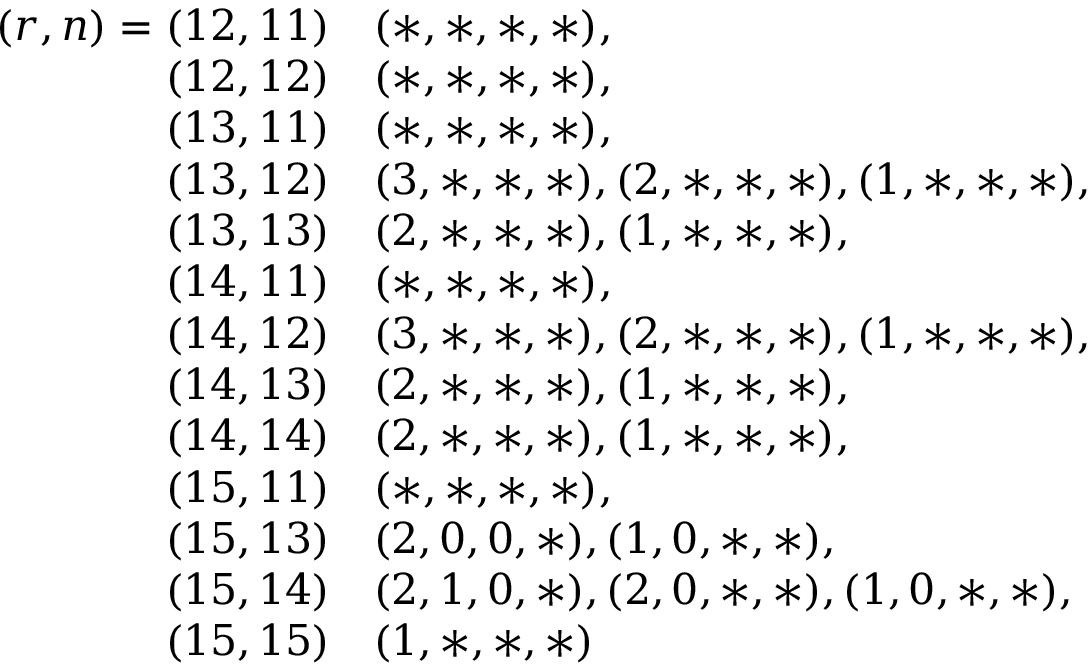
\begin{array} { r l } { ( r , n ) = ( 1 2 , 1 1 ) \- } & { ( * , * , * , * ) , } \\ { ( 1 2 , 1 2 ) \- } & { ( * , * , * , * ) , } \\ { ( 1 3 , 1 1 ) \- } & { ( * , * , * , * ) , } \\ { ( 1 3 , 1 2 ) \- } & { ( 3 , * , * , * ) , ( 2 , * , * , * ) , ( 1 , * , * , * ) , } \\ { ( 1 3 , 1 3 ) \- } & { ( 2 , * , * , * ) , ( 1 , * , * , * ) , } \\ { ( 1 4 , 1 1 ) \- } & { ( * , * , * , * ) , } \\ { ( 1 4 , 1 2 ) \- } & { ( 3 , * , * , * ) , ( 2 , * , * , * ) , ( 1 , * , * , * ) , } \\ { ( 1 4 , 1 3 ) \- } & { ( 2 , * , * , * ) , ( 1 , * , * , * ) , } \\ { ( 1 4 , 1 4 ) \- } & { ( 2 , * , * , * ) , ( 1 , * , * , * ) , } \\ { ( 1 5 , 1 1 ) \- } & { ( * , * , * , * ) , } \\ { ( 1 5 , 1 3 ) \- } & { ( 2 , 0 , 0 , * ) , ( 1 , 0 , * , * ) , } \\ { ( 1 5 , 1 4 ) \- } & { ( 2 , 1 , 0 , * ) , ( 2 , 0 , * , * ) , ( 1 , 0 , * , * ) , } \\ { ( 1 5 , 1 5 ) \- } & { ( 1 , * , * , * ) } \end{array}